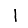
Digit: 1